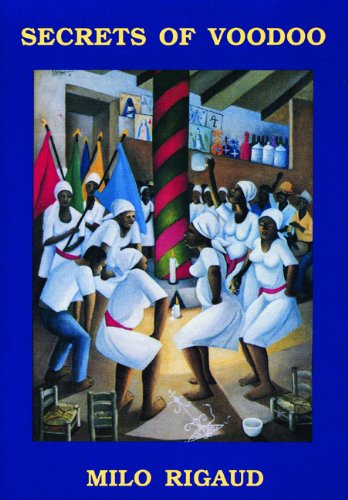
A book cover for Secrets of Voodoo; Milo Rigaud; Christian Books & Bibles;